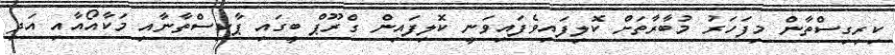
ކިރިގިސްތާން މިފަހަރު މުބާރާތަށް ކޮލިފައިވެފައިވަނީ ކޮލިފައިން ގްރޫޕް ބީގައި ޕާކިސްތާނާއި މަކާއޯއާއި އަދި